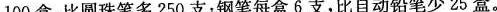
100盒，比圆珠笔多250支；钢笔每盒6支，比自动铅笔少25盒。